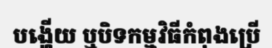
បង្ហើយ ឬបិទកម្មវិធីកំពុងប្រើ